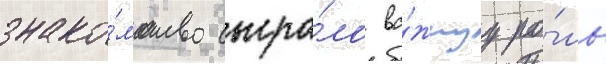
знако́мство сыгра́ло ва́жнуу ро́ль